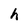
Character: h